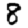
Digit: 8